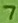
Text: 7